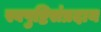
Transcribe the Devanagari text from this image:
स्वपुष्टिसंप्रदाय